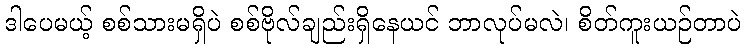
ဒါပေမယ့် စစ်သားမရှိပဲ စစ်ဗိုလ်ချည်းရှိနေယင် ဘာလုပ်မလဲ၊ စိတ်ကူးယဉ်တာပဲ